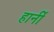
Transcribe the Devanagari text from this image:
हार्नी